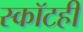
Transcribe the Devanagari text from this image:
स्कॉटही